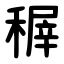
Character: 稺